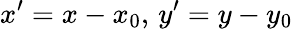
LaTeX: x^{\prime}=x-x_{0},\, y^{\prime}=y-y_{0}